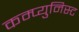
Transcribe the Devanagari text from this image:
कम्प्युनिस्ट